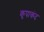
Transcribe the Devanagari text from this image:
कृपाकंद